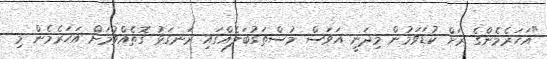
"އަހަރެމެންގެ ރަށް ކުޑަވަމުން މިދަނީ އަވަސް މުސްތަގުބަލެއްގައި ރަނގަޅު ގޮތެއްވުމަށް އަހަރެމެން މި